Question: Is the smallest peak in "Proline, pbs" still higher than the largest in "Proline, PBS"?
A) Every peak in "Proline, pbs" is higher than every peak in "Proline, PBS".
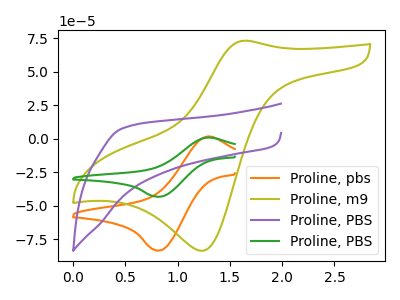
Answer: <think>The orange curve "Proline, pbs" has an anodic peak at (1.30V, 1.80uA) and a cathodic peak at (0.80V, -83.35uA). The olive curve "Proline, m9" has an anodic peak at (1.65V, 73.10uA) and a cathodic peak at (1.25V, -83.55uA). The purple curve "Proline, PBS" has no peaks. The green curve "Proline, PBS" has an anodic peak at (1.30V, 0.90uA) and a cathodic peak at (0.80V, -43.25uA).</think>
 <answer>A) Every peak in "Proline, pbs" is higher than every peak in "Proline, PBS".</answer>
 <eval>A</eval>